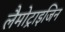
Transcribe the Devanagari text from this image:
लैमोट्राइजिन